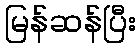
မြန်ဆန်ပြီး